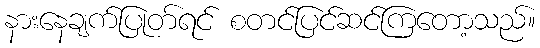
နားနေချက်ပြုတ်ရင် စတင်ပြင်ဆင်ကြတော့သည်။